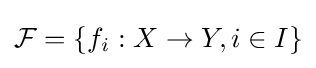
{\mathcal {F}}=\{f_{i}:X\to Y,i\in I\}